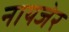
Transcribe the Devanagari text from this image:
नायजेर